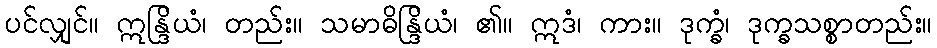
ပင်လျှင်။ ဣန္ဒြိယံ၊ တည်း။ သမာဓိန္ဒြိယံ၊ ၏။ ဣဒံ၊ ကား။ ဒုက္ခံ၊ ဒုက္ခသစ္စာတည်း။